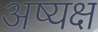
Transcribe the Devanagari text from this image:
अष्यक्ष